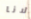
لانا